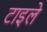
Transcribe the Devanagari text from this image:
टाइले